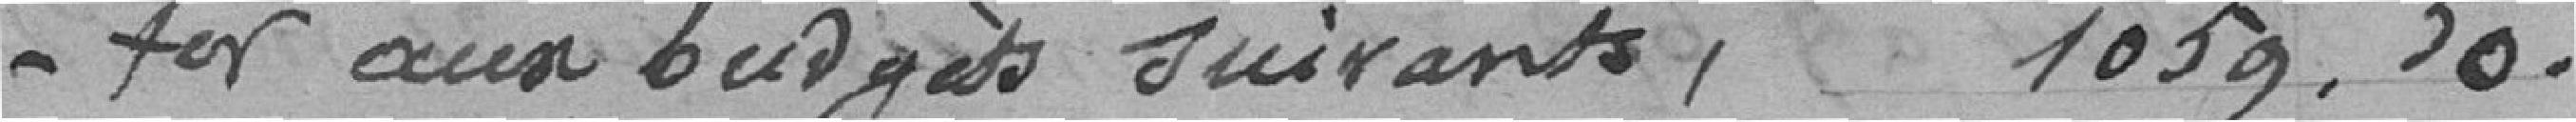
-ter aux budgets suivants  : 1.059,50